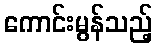
ကောင်းမွန်သည့်